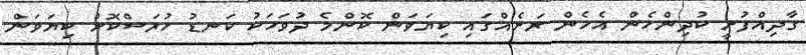
ގާދިއްފުށީ ކުދިންހެން އެހެން ރަށެއްގައި ކިޔަވަން ކޮންމެ ދުވަހަކު ކަނޑު ހުރަސްކޮށް ކިޔަވަން